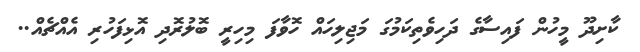
ކާށިދޫ މީހުން ފައިސާގެ ދަހިވެތިކަމުގަ މަޖިލިހައް ހޮވާފަ މިހިރީ ބޮލުރޮދި އޮޅިފަހުރި އެއްޗެއް..